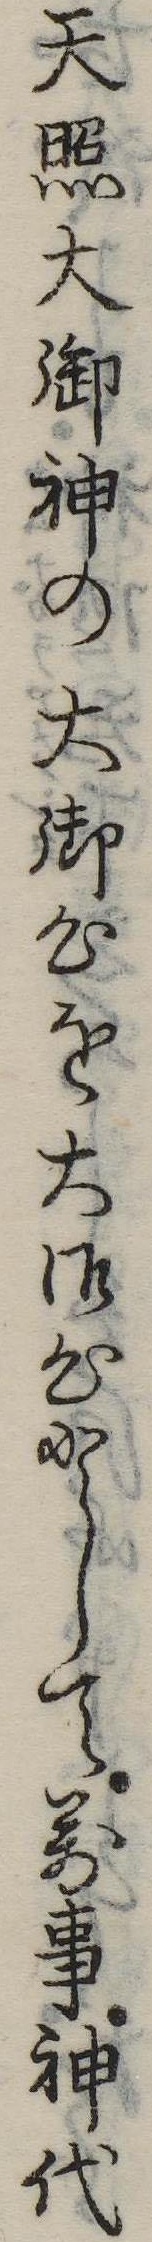
天照大御神の大御心を大御心として万事神代